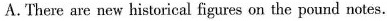
A.There are new historical figures on the pound notes.